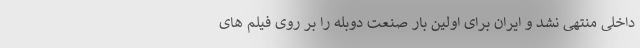
داخلی منتهی نشد و ایران برای اولین بار صنعت دوبله را بر روی فیلم های